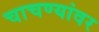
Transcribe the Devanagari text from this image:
चाचण्यांवर